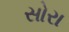
સોરા